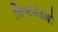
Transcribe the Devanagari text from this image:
शिष्‍टमंडलों